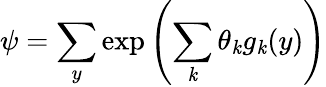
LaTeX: \psi=\sum_{y}\exp\left(\sum_{\mathit{k}}\theta_{\mathit{k}}g_{\mathit{k}}(y)\right)